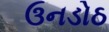
ઉનડોઠ